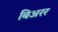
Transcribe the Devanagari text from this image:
बिअरर